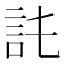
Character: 𧥫